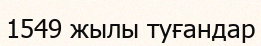
1549 жылы туғандар